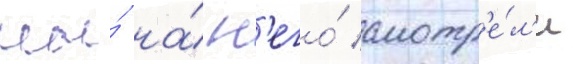
мы́ на́ н'его́ смотр'е́л'и